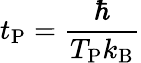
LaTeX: t_{\mathrm{P}}={\frac{\hbar}{T_{\mathrm{P}}k_{\mathrm{B}}}}